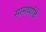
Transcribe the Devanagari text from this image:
सामर्थ्याचे